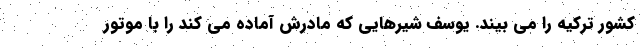
کشور ترکیه را می بیند. یوسف شیرهایی که مادرش آماده می کند را با موتور